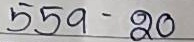
559 - 20